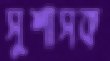
সুশাসক